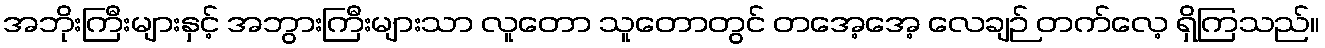
အဘိုးကြီးများနှင့် အဘွားကြီးများသာ လူတော သူတောတွင် တအေ့အေ့ လေချဉ် တက်လေ့ ရှိကြသည်။